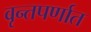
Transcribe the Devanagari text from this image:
वृन्तपर्णात